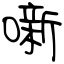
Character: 噺